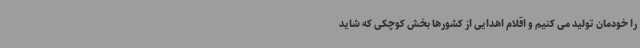
را خودمان تولید می کنیم و اقلام اهدایی از کشورها بخش کوچکی که شاید